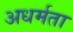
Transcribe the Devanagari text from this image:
अधर्मता